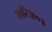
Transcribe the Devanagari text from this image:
सवाँरे॥१०॥